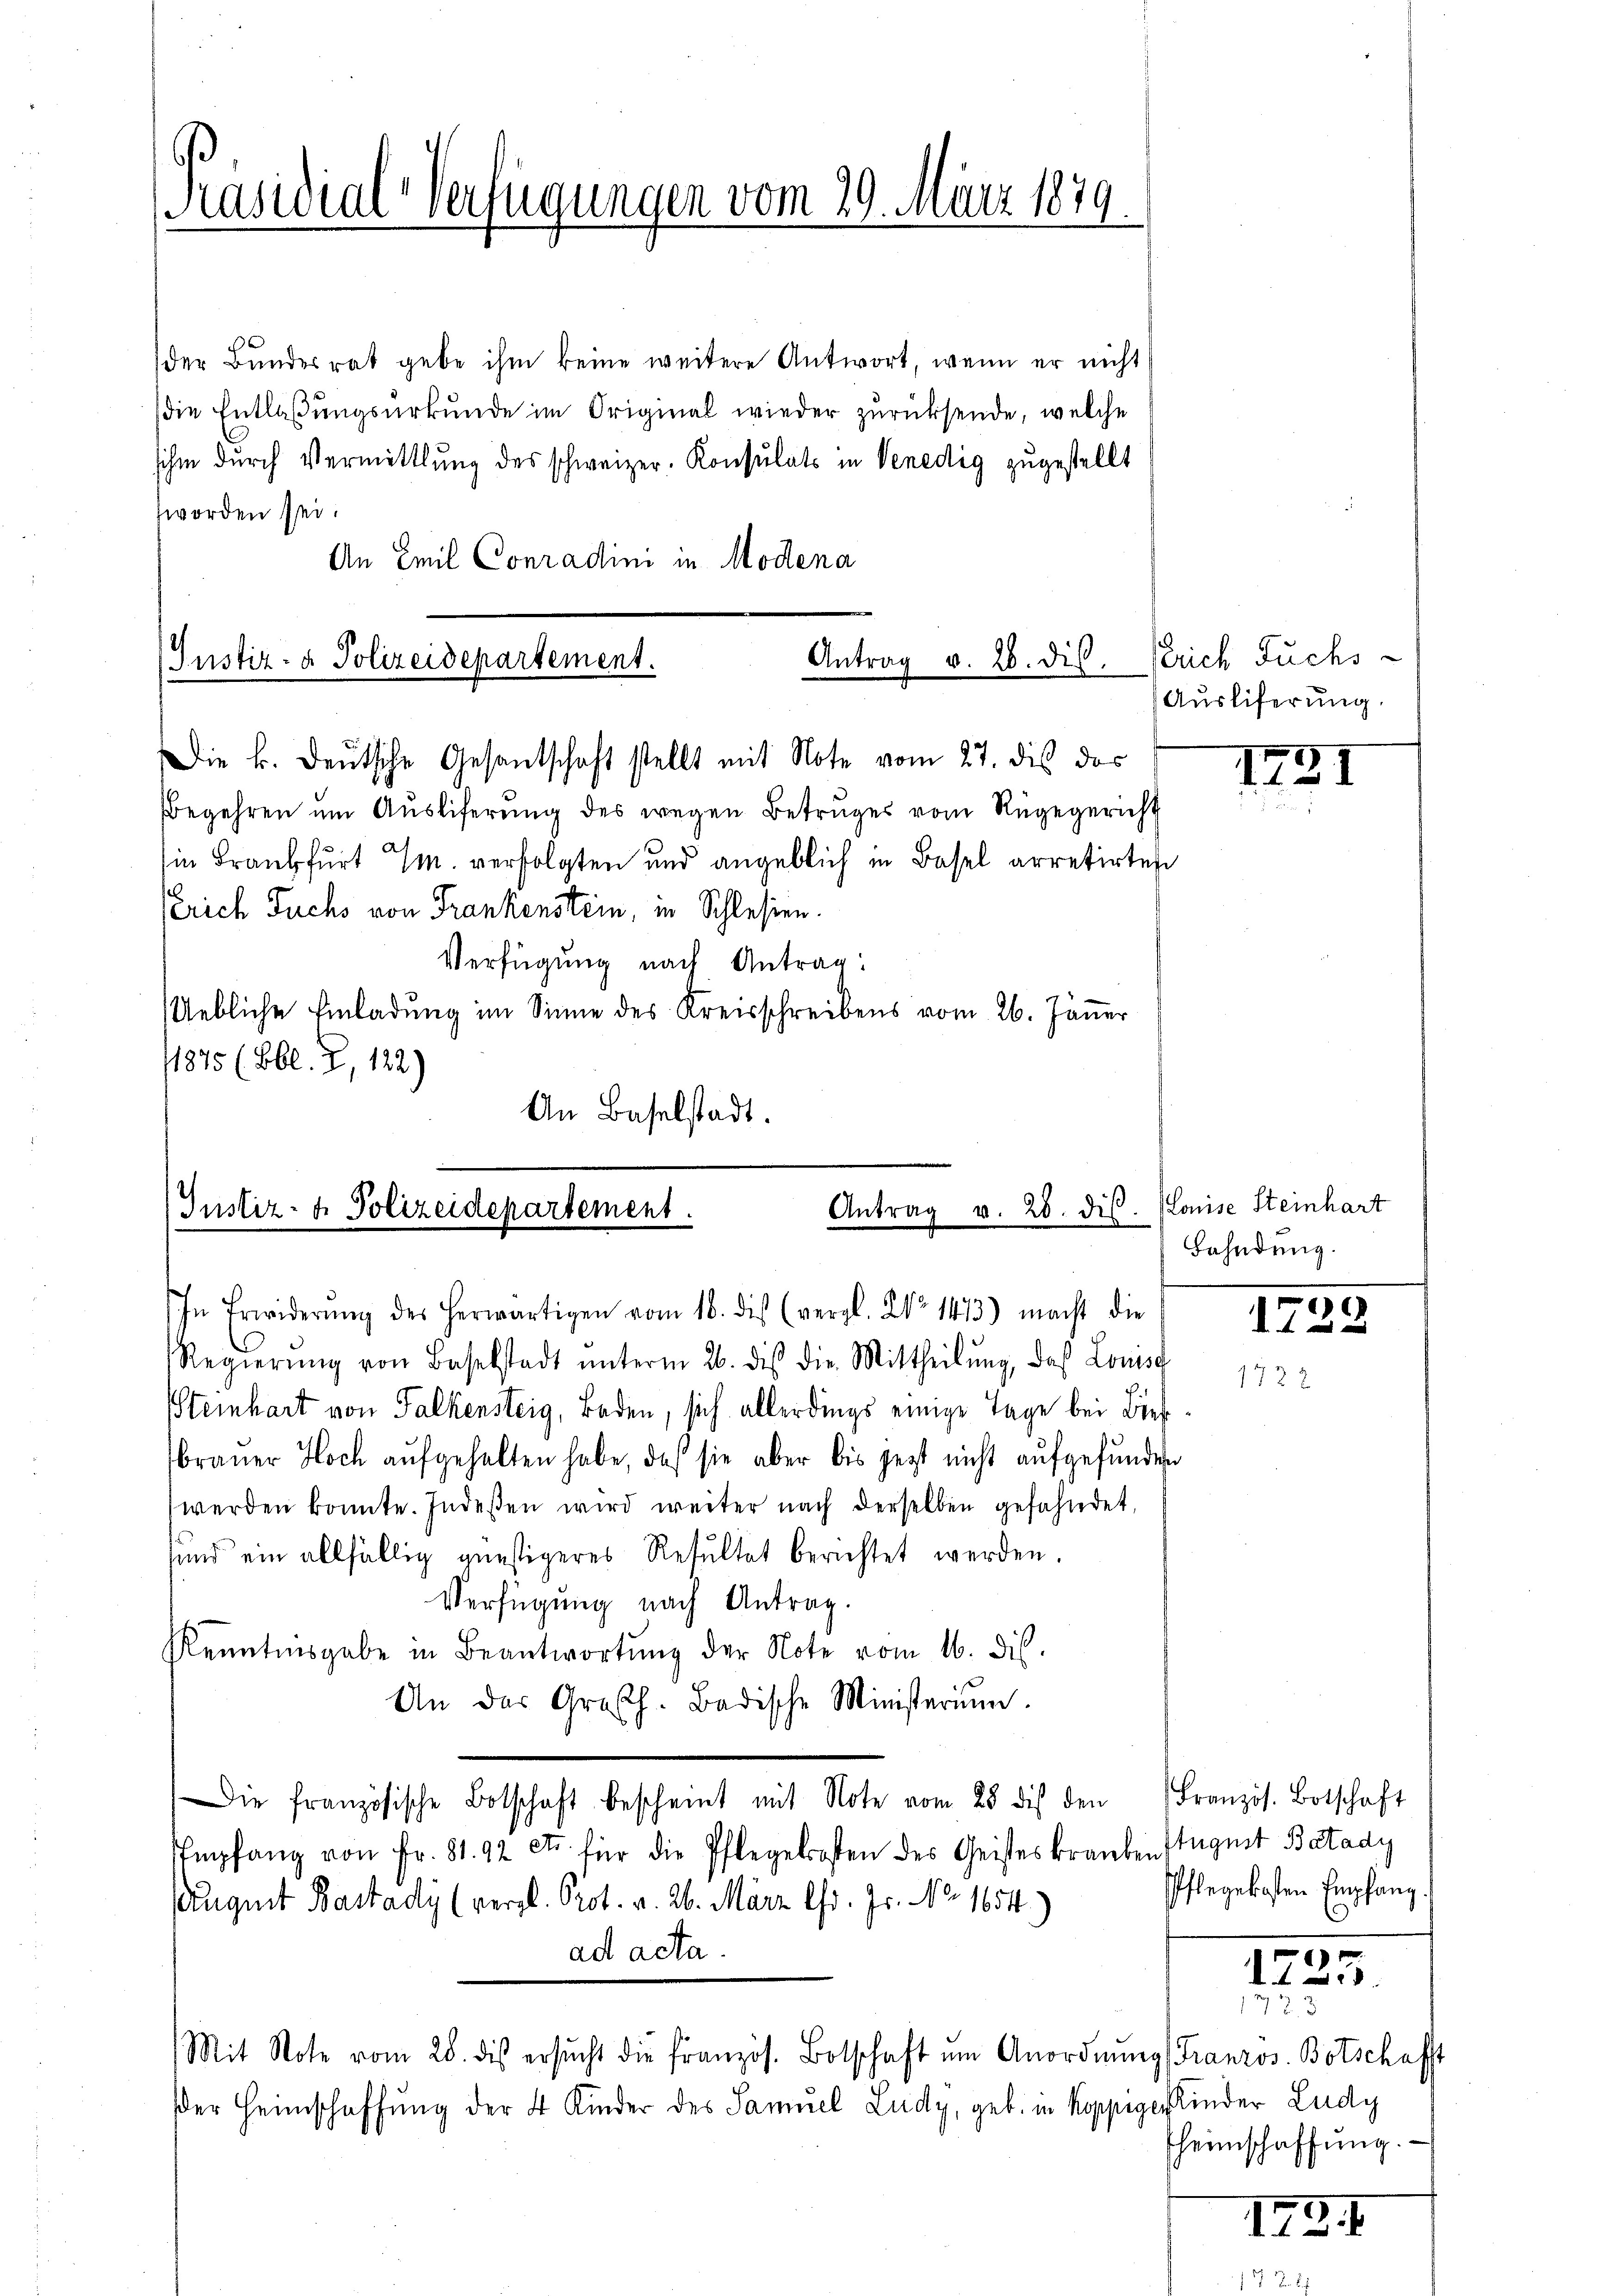
Präsidial-Verfügungen vom 29. März 1879

der Bŭndesrat gebe ihm keine weitere Antwort, wenn er nicht
die Entlaßungsurkunde im Original wieder zurücksende, welche
sihm durch Vermittlung des schweizer. Konsulats in Venedig zugestellt
worden sei.
An Emil Conradini in Modena
(Justiz- & Polizeidepartement.
Die k. Deutsche Gesantschaft stellt mit Note vom 27. dis das
Begehren ŭm Aŭsliferŭng des wegen Betruges vom Regegericht
(in Frankfurt M. verfolgten und angeblich in Basel arretirten
erich Fuchs von Frankenstein, in Schlesien.
Verfügung nach Antrag:
Uebliche Einladung im Sinne des Kreisschreibens vom 26. Jänner
1875 (Bl. 2, 122)
An Baselstadt.

Justiz- & Polizeidepartement.
Antrag v. 28. dis

Antrag v. 26. dis. Krich Fuchs-

In Erwiderŭng des herwärtigen vom 16. dis (vergl. No 1473) macht die
Regierŭng von Baselstadt ŭnterm 26. des die Mittheilŭng, daß Louisg
Steinhart von Falkensteig, Boden, sich allerdings einige Tage bei Bies
brauer Hoch aufgehalten habe, daß sie aber bis jezt nicht aufgefunden
werden konnte. Indeßen wird weiter nach derselben gefahndet,
sind ein allfällig günstigeres Resultat berichtet werden.
Verfügung nach Antrag.
Kenntnisgabe in Beantwortŭng der Note vom 16. dis.
An das Großh. Badische Ministerium.
Die französische Botschaft bescheint mit Note vom 28 des den Französ. Botschaft
Empfang von Fr. 81. 92 et für die Pflegelrosen des Geisteskranken stugnet Batady
uguit Bastadi (vergl. Prot. v. 26. März l. Js. No. 1654.)
ad acta.
Mit Note vom 28. des ersŭcht die französ. Botschaft um Anordnŭng Franzos. Botschafft
der Heimschaffung der 4 Kinder des Samuel Ludy, geb. in Koppigerkinder Ludy

Ausliferung.

1731

Koise Steinhart
Bahndung.

1722

Pflegekosten Empfang.

1725.
73. 3

heimschaffung.

II.3.1.